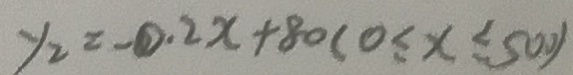
y _ { 2 } = - 0 . 2 x + 8 0 ( 0 \leq x \leq 5 0 0 )